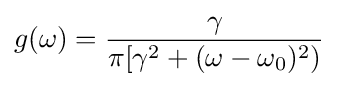
g(\omega )={\frac {\gamma }{\pi [\gamma ^{2}+(\omega -\omega _{0})^{2})}}